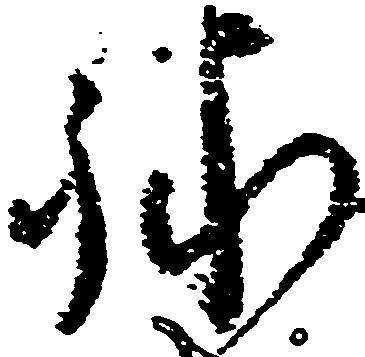
詠